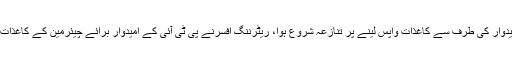
وائس چیئرمین کے امیدوار کی طرف سے کاغذات واپس لینے پر تنازعہ شروع ہوا، ریٹرننگ افسرنے پی ٹی آئی کے امیدوار برائے چیئرمین کے کاغذات مسترد کردیئے تھے۔